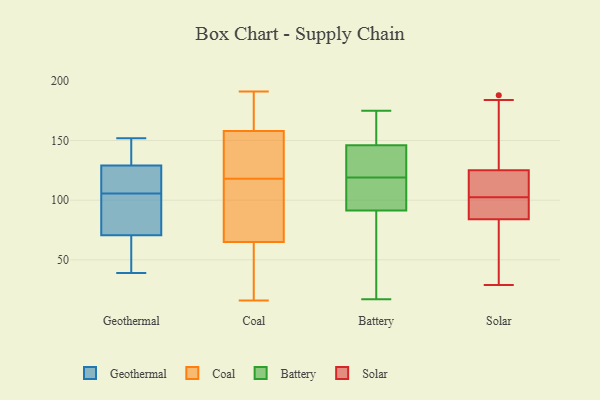
{"axis": {"x": "Energy Usage (MWh)", "y": "Value"}, "legend": ["Battery", "Coal", "Geothermal", "Solar"], "data": [{"x": "", "y": 39, "type": "Geothermal"}, {"x": "", "y": 80, "type": "Geothermal"}, {"x": "", "y": 133, "type": "Geothermal"}, {"x": "", "y": 40, "type": "Geothermal"}, {"x": "", "y": 97, "type": "Geothermal"}, {"x": "", "y": 114, "type": "Geothermal"}, {"x": "", "y": 115, "type": "Geothermal"}, {"x": "", "y": 152, "type": "Geothermal"}, {"x": "", "y": 61, "type": "Geothermal"}, {"x": "", "y": 93, "type": "Geothermal"}, {"x": "", "y": 145, "type": "Geothermal"}, {"x": "", "y": 125, "type": "Geothermal"}, {"x": "", "y": 107, "type": "Coal"}, {"x": "", "y": 149, "type": "Coal"}, {"x": "", "y": 65, "type": "Coal"}, {"x": "", "y": 185, "type": "Coal"}, {"x": "", "y": 19, "type": "Coal"}, {"x": "", "y": 66, "type": "Coal"}, {"x": "", "y": 191, "type": "Coal"}, {"x": "", "y": 191, "type": "Coal"}, {"x": "", "y": 86, "type": "Coal"}, {"x": "", "y": 129, "type": "Coal"}, {"x": "", "y": 16, "type": "Coal"}, {"x": "", "y": 158, "type": "Coal"}, {"x": "", "y": 28, "type": "Coal"}, {"x": "", "y": 133, "type": "Coal"}, {"x": "", "y": 71, "type": "Battery"}, {"x": "", "y": 17, "type": "Battery"}, {"x": "", "y": 128, "type": "Battery"}, {"x": "", "y": 161, "type": "Battery"}, {"x": "", "y": 141, "type": "Battery"}, {"x": "", "y": 109, "type": "Battery"}, {"x": "", "y": 170, "type": "Battery"}, {"x": "", "y": 98, "type": "Battery"}, {"x": "", "y": 108, "type": "Battery"}, {"x": "", "y": 40, "type": "Battery"}, {"x": "", "y": 119, "type": "Battery"}, {"x": "", "y": 175, "type": "Battery"}, {"x": "", "y": 130, "type": "Battery"}, {"x": "", "y": 29, "type": "Solar"}, {"x": "", "y": 63, "type": "Solar"}, {"x": "", "y": 46, "type": "Solar"}, {"x": "", "y": 149, "type": "Solar"}, {"x": "", "y": 89, "type": "Solar"}, {"x": "", "y": 107, "type": "Solar"}, {"x": "", "y": 184, "type": "Solar"}, {"x": "", "y": 91, "type": "Solar"}, {"x": "", "y": 188, "type": "Solar"}, {"x": "", "y": 100, "type": "Solar"}, {"x": "", "y": 125, "type": "Solar"}, {"x": "", "y": 84, "type": "Solar"}, {"x": "", "y": 118, "type": "Solar"}, {"x": "", "y": 183, "type": "Solar"}, {"x": "", "y": 96, "type": "Solar"}, {"x": "", "y": 111, "type": "Solar"}, {"x": "", "y": 105, "type": "Solar"}, {"x": "", "y": 80, "type": "Solar"}]}